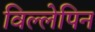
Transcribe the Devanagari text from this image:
विल्लेपिन